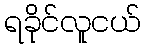
ရခိုင်လူငယ်